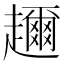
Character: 趰